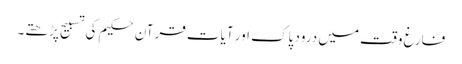
فارغ وقت میں درود پاک اور آیات قرآن حکیم کی تسبیح پڑھتے۔